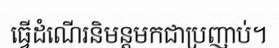
ធ្វើដំណើរនិមន្តមកជាប្រញាប់។